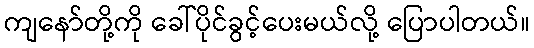
ကျနော်တို့ကို ခေါ်ပိုင်ခွင့်ပေးမယ်လို့ ပြောပါတယ်။